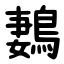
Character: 鶈